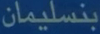
بنسليمان